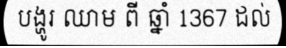
បង្ហូរ ឈាម ពី ឆ្នាំ 1367 ដល់